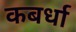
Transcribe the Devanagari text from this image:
कबर्धा